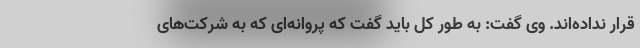
قرار نداده‌اند. وی گفت: به طور کل باید گفت که پروانه‌ای که به شرکت‌های